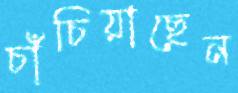
চাঁচিয়াছেন